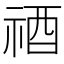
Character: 𥙫